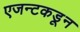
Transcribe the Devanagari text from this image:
एजन्टकडून